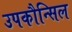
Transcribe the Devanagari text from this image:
उपकौन्सिल